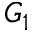
G _ { 1 }